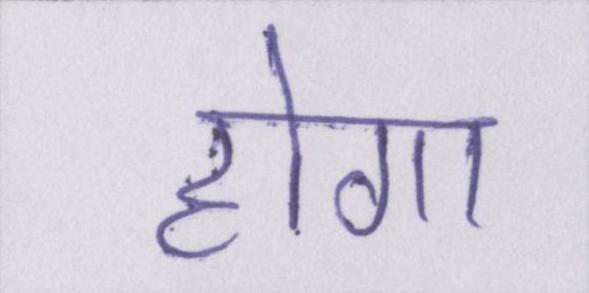
होगा